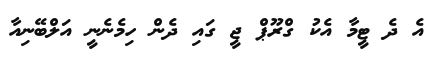
އެ ދެ ޓީމާ އެކު ގްރޫޕް ޖީ ގައި ދެން ހިމެނެނީ އަލްބޭނިއާ